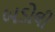
બડોલી